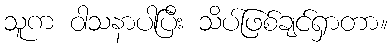
သူက ဝါသနာပါပြီး သိပ်ဖြစ်ချင်ရှာတာ။